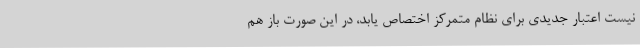
نیست اعتبار جدیدی برای نظام متمرکز اختصاص یابد، در این صورت باز هم